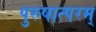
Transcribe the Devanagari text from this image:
पुरुषात्परम्